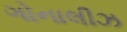
ગોનાલીઝ